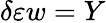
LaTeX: \delta\varepsilon w=Y